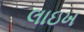
લાઇખ